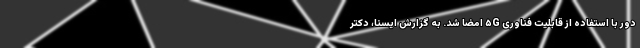
دور با استفاده از قابلیت فناوری ۵G امضا شد. به گزارش ایسنا، دکتر